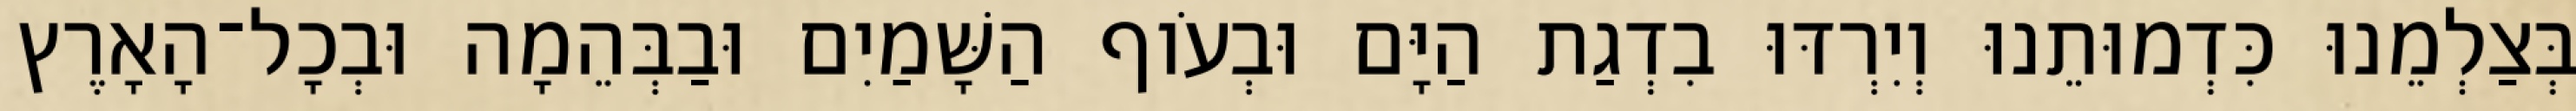
בְּצַלְמֵנוּ כִּדְמוּתֵנוּ וְיִרְדּוּ בִדְגַת הַיָּם וּבְעֹוף הַשָּׁמַיִם וּבַבְּהֵמָה וּבְכָל־הָאָרֶץ